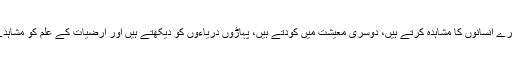
آپ اپنے جیسے دوسرے انسانوں کا مشاہدہ کرتے ہیں، دوسری معیشت میں کودتے ہیں، پہاڑوں دریاءوں کو دیکھتے ہیں اور ارضیات کے علم کو مشاہدے سے سیکھتے ہیں۔